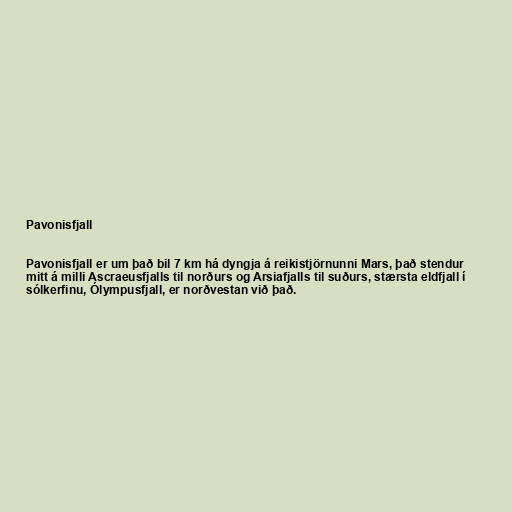
Pavonisfjall

Pavonisfjall er um það bil 7 km há dyngja á reikistjörnunni Mars, það stendur
mitt á milli Ascraeusfjalls til norðurs og Arsiafjalls til suðurs, stærsta eldfjall í
sólkerfinu, Ólympusfjall, er norðvestan við það.